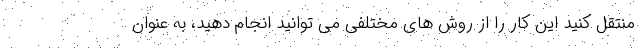
منتقل کنید این کار را از روش های مختلفی می توانید انجام دهید، به عنوان